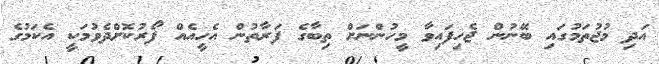
އަދި މުުޖުތަމުގައި ބޭނުން ޖެހިފައިވާ މީހުންނަށް ތިބާގެ ފަރާތުން އެހީއެއް ފޯރުކޮށްދެވުމަކީ އެކަމުގެ